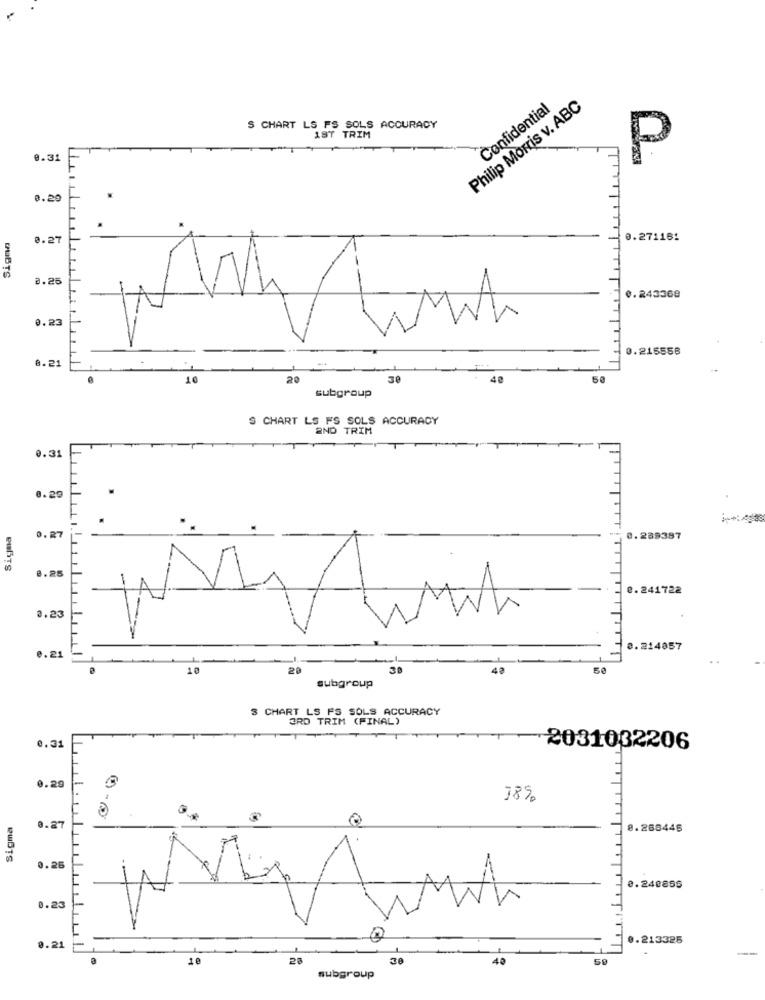
Philip Morris v. ABC
Confidential
S CHART LS FS SOLS ACCURACY
1ST TRIM
0.31
P
0.29
0.27
0.271161
DUBTS
0.25
0.243368
LL.I.
0.23
0.215558
0.21
10
20
30
40
subgroup
S CHART LS FS SOLS ACCURACY
2ND TRIM
0.31
0.29
0.27
0.289387
eufiTS
8.25
8.241722
0.23
0.214057
0.21
20
30
42
50
subgroup
3 CHART LS FS SOLS ACCURACY
3RD TRIM (FINAL)
0.31
2031032206
3
0.29
18%
Sigma
0.27
8.268446
0.25
0.240896
0.23
0.213325
0.21
10
25
40
subgroup